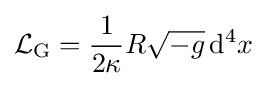
{\mathcal {L}}_{\mathrm {G} }={1 \over 2\kappa }R{\sqrt {-g}}\,\mathrm {d} ^{4}x